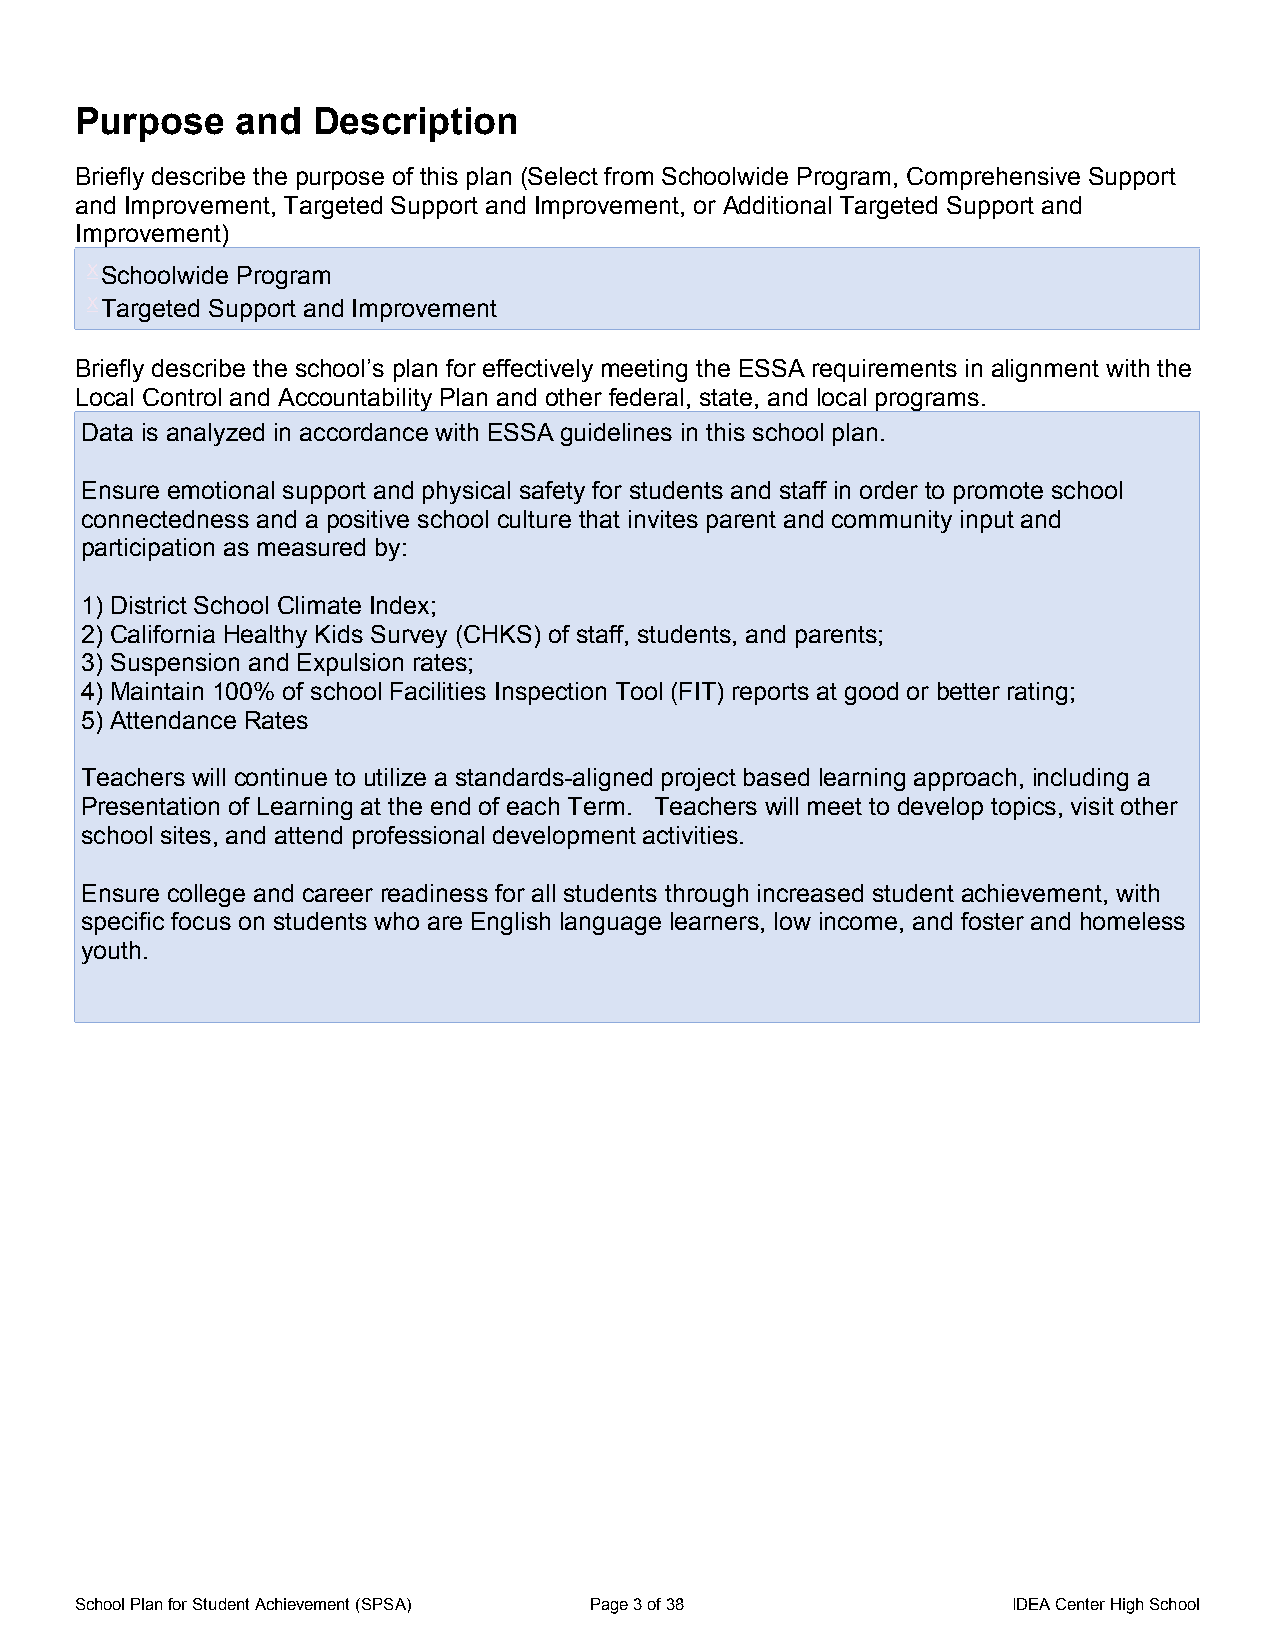
Purpose    and  Description
 Briefly describe the purpose of this plan (Select from Schoolwide Program, Comprehensive Support
 and Improvement, Targeted Support and Improvement, or Additional Targeted Support and
 Improvement)
 X Schoolwide Program
 X Targeted Support and Improvement
 Briefly describe the school’s plan for effectively meeting the ESSA requirements in alignment with the
 Local Control and Accountability Plan and other federal, state, and local programs.
 Data is analyzed in accordance with ESSA guidelines in this school plan.
 Ensure emotional support and physical safety for students and staff in order to promote school
 connectedness and a positive school culture that invites parent and community input and
 participation as measured by:
 1) District School Climate Index;
 2) California Healthy Kids Survey (CHKS) of staff, students, and parents;
 3) Suspension and Expulsion rates;
 4) Maintain 100% of school Facilities Inspection Tool (FIT) reports at good or better rating;
 5) Attendance Rates
 Teachers will continue to utilize a standards-aligned project based learning approach, including a
 Presentation of Learning at the end of each Term. Teachers will meet to develop topics, visit other
 school sites, and attend professional development activities.
 Ensure college and career readiness for all students through increased student achievement, with
 specific focus on students who are English language learners, low income, and foster and homeless
 youth.
 School Plan for Student Achievement (SPSA) Page 3 of 38       IDEA Center High School